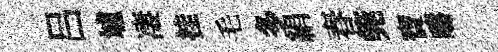
吕壚凄挂毛多絹春筦寶疇